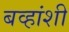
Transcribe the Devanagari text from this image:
बव्हांशी